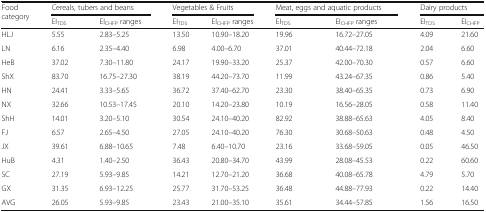
<table><thead><tr><td rowspan="2"><b>Food category</b></td><td colspan="2"><b>Cereals, tubers and beans</b></td><td colspan="2"><b>Vegetables &amp; Fruits</b></td><td colspan="2"><b>Meat, eggs and aquatic products</b></td><td colspan="2"><b>Dairy products</b></td></tr><tr><td><b>EI<sub>TDS</sub></b></td><td><b>EI<sub>CHFP</sub> ranges</b></td><td><b>EI<sub>TDS</sub></b></td><td><b>EI<sub>CHFP</sub> ranges</b></td><td><b>EI<sub>TDS</sub></b></td><td><b>EI<sub>CHFP</sub> ranges</b></td><td><b>EI<sub>TDS</sub></b></td><td><b>EI<sub>CHFP</sub></b></td></tr></thead><tbody><tr><td>HLJ</td><td>5.55</td><td>2.83–5.25</td><td>13.50</td><td>10.90–18.20</td><td>19.96</td><td>16.72–27.05</td><td>4.09</td><td>21.60</td></tr><tr><td>LN</td><td>6.16</td><td>2.35–4.40</td><td>6.98</td><td>4.00–6.70</td><td>37.01</td><td>40.44–72.18</td><td>2.04</td><td>6.60</td></tr><tr><td>HeB</td><td>37.02</td><td>7.30–11.80</td><td>24.17</td><td>19.90–33.20</td><td>25.37</td><td>42.00–70.30</td><td>0.57</td><td>6.60</td></tr><tr><td>ShX</td><td>83.70</td><td>16.75–27.30</td><td>38.19</td><td>44.20–73.70</td><td>11.99</td><td>43.24–67.35</td><td>0.86</td><td>5.40</td></tr><tr><td>HN</td><td>24.41</td><td>3.33–5.65</td><td>36.72</td><td>37.40–62.70</td><td>23.30</td><td>38.40–65.35</td><td>0.73</td><td>6.90</td></tr><tr><td>NX</td><td>32.66</td><td>10.53–17.45</td><td>20.10</td><td>14.20–23.80</td><td>10.19</td><td>16.56–28.05</td><td>0.58</td><td>11.40</td></tr><tr><td>ShH</td><td>14.01</td><td>3.20–5.10</td><td>30.54</td><td>24.10–40.20</td><td>82.92</td><td>38.88–65.63</td><td>4.05</td><td>8.40</td></tr><tr><td>FJ</td><td>6.57</td><td>2.65–4.50</td><td>27.05</td><td>24.10–40.20</td><td>76.30</td><td>30.68–50.63</td><td>0.48</td><td>4.50</td></tr><tr><td>JX</td><td>39.61</td><td>6.88–10.65</td><td>7.48</td><td>6.40–10.70</td><td>23.16</td><td>33.68–59.05</td><td>0.05</td><td>46.50</td></tr><tr><td>HuB</td><td>4.31</td><td>1.40–2.50</td><td>36.43</td><td>20.80–34.70</td><td>43.99</td><td>28.08–45.53</td><td>0.22</td><td>60.60</td></tr><tr><td>SC</td><td>27.19</td><td>5.93–9.85</td><td>14.21</td><td>12.70–21.20</td><td>36.68</td><td>40.08–65.78</td><td>4.79</td><td>5.70</td></tr><tr><td>GX</td><td>31.35</td><td>6.93–12.25</td><td>25.77</td><td>31.70–53.25</td><td>36.48</td><td>44.88–77.93</td><td>0.22</td><td>14.40</td></tr><tr><td>AVG</td><td>26.05</td><td>5.93–9.85</td><td>23.43</td><td>21.00–35.10</td><td>35.61</td><td>34.44–57.85</td><td>1.56</td><td>16.50</td></tr></tbody></table>